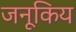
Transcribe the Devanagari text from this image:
जनूकिय